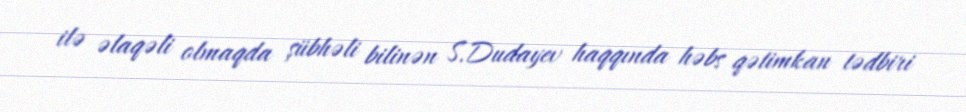
ilə əlaqəli olmaqda şübhəli bilinən S.Dudayev haqqında həbs qətimkan tədbiri